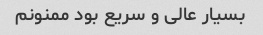
بسیار عالی و سریع بود ممنونم